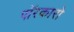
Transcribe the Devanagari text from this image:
पॉरकारो